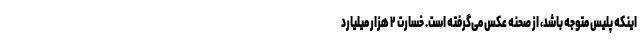
اینکه پلیس متوجه باشد، از صحنه عکس می‌گرفته است. خسارت ۲ هزار میلیارد